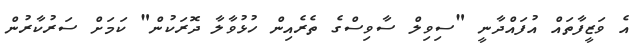
އެ ވަޒީފާތައް އުފައްދާނީ "ސިވިލް ސާވިސްގެ ތެރެއިން ހުޅުވާލާ ދޮރަކުން" ކަމަށް ސަރުކާރުން